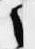
之